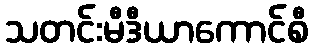
သတင်းမီဒီယာကောင်စီ